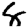
Digit: 8